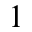
1